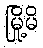
မြို့မိ